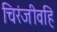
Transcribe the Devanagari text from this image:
चिरंजीवहि